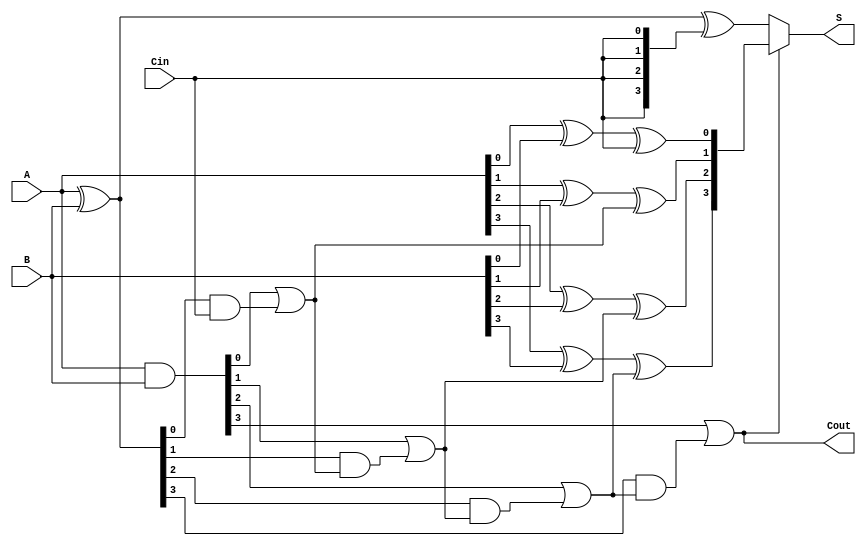
module conditional_sum_adder (
    input [3:0] A,      // 4-bit input A
    input [3:0] B,      // 4-bit input B
    input Cin,          // Carry-in
    output [3:0] S,     // 4-bit sum output
    output Cout         // Carry-out
);

    // Generate and Propagate signals
    wire [3:0] G; // Generate
    wire [3:0] P; // Propagate
    wire [3:0] S1; // Sum without carry-in
    wire [3:0] S2; // Sum with carry-in
    wire [3:0] C; // Carry signals

    // Generate and Propagate Logic
    assign G = A & B;                // G[i] = A[i] AND B[i]
    assign P = A ^ B;                // P[i] = A[i] XOR B[i]

    // Intermediate Sum Computation
    assign S1 = A ^ B ^ {4{Cin}};    // S1[i] = A[i] XOR B[i] XOR Cin
    assign S2[0] = (A[0] ^ B[0]) ^ Cin; // S2[0] = S1[0] (no carry propagation)
    assign S2[1] = (A[1] ^ B[1]) ^ (G[0] | (P[0] & Cin)); // S2[1]
    assign S2[2] = (A[2] ^ B[2]) ^ (G[1] | (P[1] & (G[0] | (P[0] & Cin)))); // S2[2]
    assign S2[3] = (A[3] ^ B[3]) ^ (G[2] | (P[2] & (G[1] | (P[1] & (G[0] | (P[0] & Cin)))))); // S2[3]

    // Carry Generation
    assign C[0] = G[0] | (P[0] & Cin); // Carry for bit 0
    assign C[1] = G[1] | (P[1] & C[0]); // Carry for bit 1
    assign C[2] = G[2] | (P[2] & C[1]); // Carry for bit 2
    assign C[3] = G[3] | (P[3] & C[2]); // Carry for bit 3

    // Final Sum and Carry Output
    assign S = C[3] ? S2 : S1; // Select final sum based on carry
    assign Cout = C[3]; // Final carry-out

endmodule